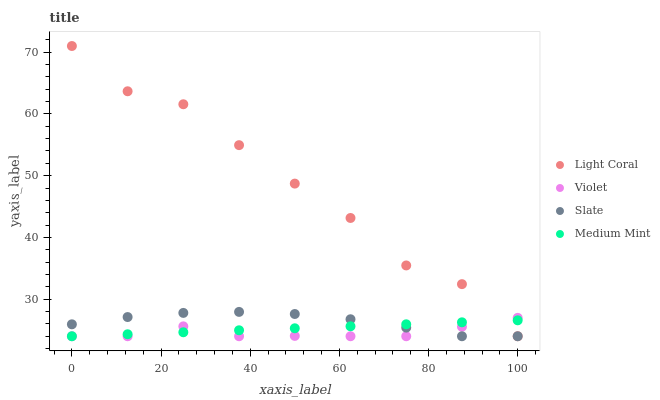
| xaxis_label | Light Coral | Violet | Slate | Medium Mint |
 | --- | --- | --- | --- | --- |
 | 0 | 71 | 24 | 25.9 | 24 |
 | 12.5 | 63.7 | 24 | 27.1 | 24.3 |
 | 25 | 61.6 | 25.6 | 27.8 | 24.6 |
 | 37.5 | 54.9 | 24 | 27.9 | 25 |
 | 50 | 48.7 | 24.1 | 27.6 | 25.3 |
 | 62.5 | 43.2 | 24 | 26.8 | 25.6 |
 | 75 | 35.5 | 24 | 25.4 | 25.9 |
 | 87.5 | 32.4 | 25.5 | 24 | 26.3 |
 | 100 | 24 | 27 | 24 | 26.6 |